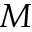
M